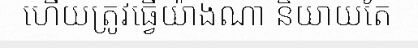
ហើយត្រូវធ្វើយ៉ាងណា និយាយតែ